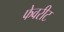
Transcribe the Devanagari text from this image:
फेवरीट